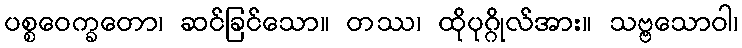
ပစ္စဝေက္ခတော၊ ဆင်ခြင်သော။ တဿ၊ ထိုပုဂ္ဂိုလ်အား။ သဗ္ဗသောဝါ၊